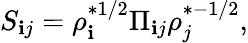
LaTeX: S_{\mathbf{i}j}=\rho_{\mathbf{i}}^{*1/2}\Pi_{\mathbf{i}j}\rho_{j}^{*-1/2},